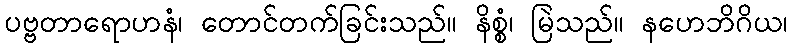
ပဗ္ဗတာရောဟနံ၊ တောင်တက်ခြင်းသည်။ နိစ္စံ၊ မြဲသည်။ နဟေဘိဂိယ၊